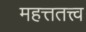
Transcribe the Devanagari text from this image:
महत्ततत्त्व